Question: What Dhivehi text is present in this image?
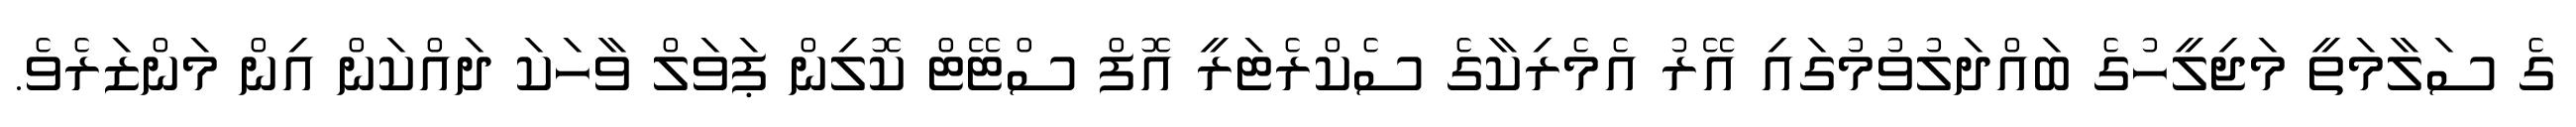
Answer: ގެ ސަލާމަތީ މަޖިލީހުގެ ބައްދަލުވުމުގައި އޭރު އެމެރިކާގެ ސެކްރެޓަރީ އޮފް ސްޓޭޓް ކޮލިން ޕަވަލް ވާހަކަ ދައްކަން އިން މަންޒަރެވެ.